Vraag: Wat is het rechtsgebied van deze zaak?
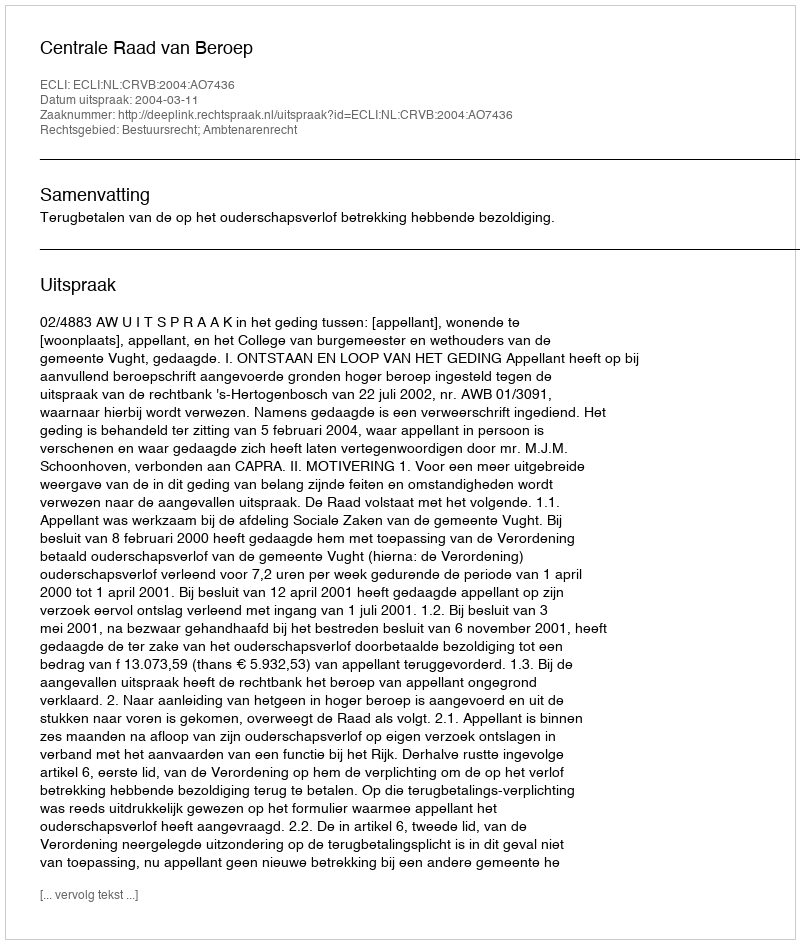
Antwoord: Bestuursrecht; Ambtenarenrecht